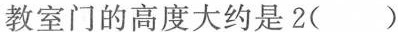
8.联系生活实际，填上合适的单位。